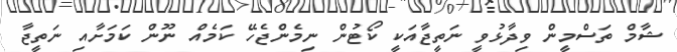
ޝާމް ތަސްމީން ވިދާޅުވީ ނަތީޖާއަކީ ކޯޓުން ނިމެންޖެހޭ ކަމެއް ނޫން ކަމަށާއި ނަތީޖާ